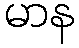
မာန